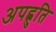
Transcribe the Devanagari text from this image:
अपह्नुति